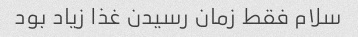
سلام فقط زمان رسیدن غذا زیاد بود